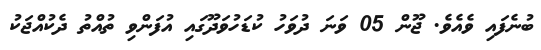
ބުނެފައި ވެއެވެ. ޖޫން 05 ވަނަ ދުވަހު ކުޑަހުވަދޫގައި އުފަންވި ތުއްތު ދެކުއްޖަކު